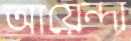
আয়েন্দা